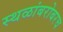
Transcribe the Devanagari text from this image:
स्थळांबरोबरच